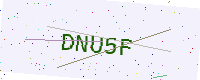
Text: DNU5F